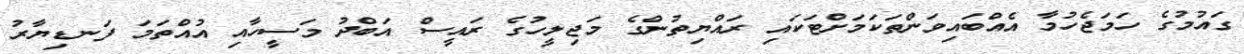
ގައުމުގެ ހަމަޖެހުމާ އެއްބައިވަންތަކަމަށްޓަކައި ރައްޔިތުންގެ މަޖިލީހުގެ ރައީސް އަބްދު މަސީހާއި އުއްތަމަ ފަނޑިޔާރު